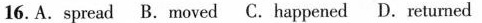
16.A.spread B.moved C.happened D. returned